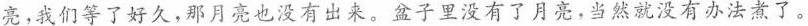
亮，我们等了好久，那月亮也没有出来。盆子里没有了月亮，当然就没有办法煮了。